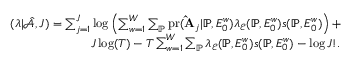
\begin{array} { r } { \L ( \boldsymbol { \lambda } | \hat { \mathcal { A } } , J ) = \sum _ { j = 1 } ^ { J } \log \left( \sum _ { w = 1 } ^ { W } \sum _ { \mathbb { P } } \mathrm { p r } ( \mathbf { \hat { A } } _ { j } | \mathbb { P } , E _ { 0 } ^ { w } ) \lambda _ { \mathcal { E } } ( { \mathbb { P } } , E _ { 0 } ^ { w } ) s ( \mathbb { P } , E _ { 0 } ^ { w } ) \right) + } \\ { J \log ( T ) - T \sum _ { w = 1 } ^ { W } \sum _ { \mathbb { P } } \lambda _ { \mathcal { E } } ( { \mathbb { P } } , E _ { 0 } ^ { w } ) s ( \mathbb { P } , E _ { 0 } ^ { w } ) - \log J ! . } \end{array}